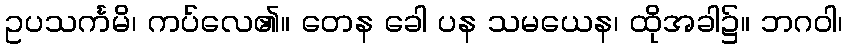
ဥပသင်္ကမိ၊ ကပ်လေ၏။ တေန ခေါ ပန သမယေန၊ ထိုအခါ၌။ ဘဂဝါ၊